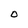
Character: O